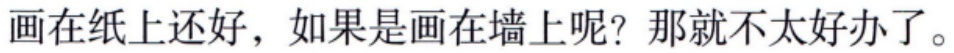
画在纸上还好，如果是画在墙上呢？那就不太好办了。